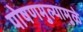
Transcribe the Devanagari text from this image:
पोषणमुल्यामुळे